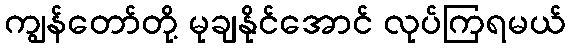
ကျွန်တော်တို့ မုချနိုင်အောင် လုပ်ကြရမယ်